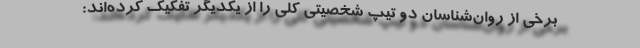
برخی از روان‌شناسان دو تیپ شخصیتی کلی را از یکدیگر تفکیک کرده‌اند: